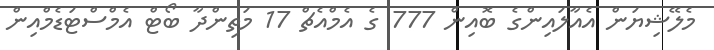
މެލޭޝިޔަން އެއާލައިންގެ ބޮއިން 777 ގެ އެމްއެޗް 17 މަތިންދާ ބޯޓް އެމްސްޓަޑެމްއިން